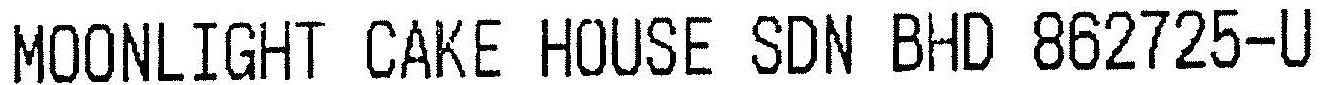
MOONLIGHT CAKE HOUSE SDN BHD 862725-U